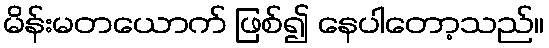
မိန်းမတယောက် ဖြစ်၍ နေပါတော့သည်။